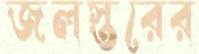
জলস্তরের